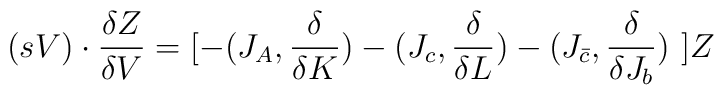
(sV) \cdot{{\delta Z }\over{ \delta V }}= [ - (J_A,{{ \delta}\over{   \delta K}}) - (J_c,{{ \delta}\over{   \delta L}}) - (J_{\bar{c}},{{ \delta}\over{   \delta J_b }} ) \ ]Z